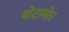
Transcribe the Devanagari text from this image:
बोटामोर